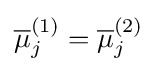
{\overline {\mu }}_{j}^{(1)}={\overline {\mu }}_{j}^{(2)}